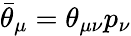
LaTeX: \bar{\theta}_{\mu}=\theta_{\mu\nu}p_{\nu}